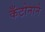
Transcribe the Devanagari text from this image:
कँटोनाने